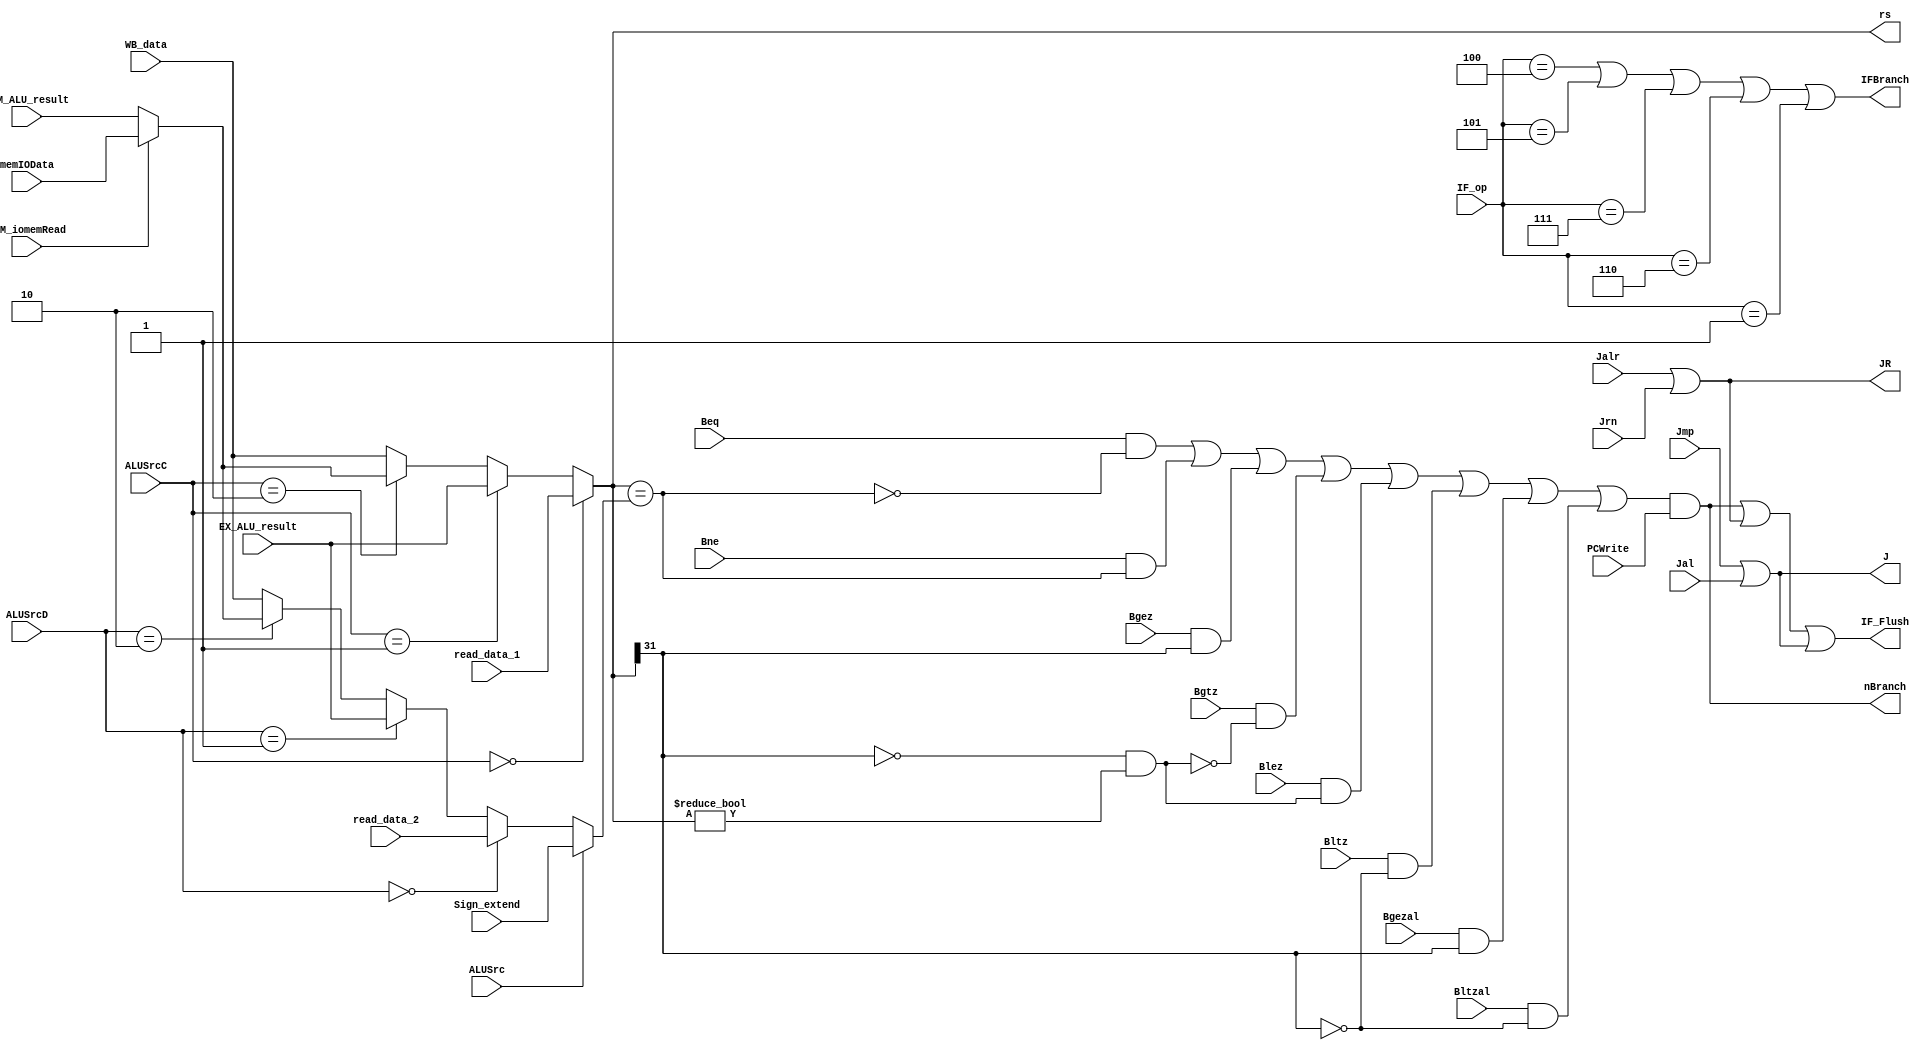
`timescale 1ns / 1ps
//////////////////////////////////////////////////////////////////////////////////
// Company: 
// Engineer: 
// 
// Design Name: 
// Module Name: branchTest
// Project Name: 
// Target Devices: 
// Tool Versions: 
// Description: 
// ID
// 
// Dependencies: 
// 
// Revision:
// Revision 0.01 - File Created
// Additional Comments:
// 
//////////////////////////////////////////////////////////////////////////////////


module branchTest(
    input   [5:0]   IF_op,
    input           PCWrite,
    //  ID
    input           Beq,
    input           Bne,
    input           Bgez,
    input           Bgtz,
    input           Blez,
    input           Bltz,
    input           Bgezal,
    input           Bltzal,
    
    input			Jmp,			
    input           Jal,                
    input           Jrn,
    input           Jalr,
    
    input           ALUSrc,
    input   [1:0]   ALUSrcC,
    input   [1:0]   ALUSrcD,
    input           MEM_iomemRead,
    input	[31:0]	read_data_1,//register[rs]
    input	[31:0]	read_data_2,//register[rt]
    input	[31:0]	Sign_extend,
    input   [31:0]  EX_ALU_result,
    input   [31:0]  MEM_ALU_result,  
    input   [31:0]  memIOData,
    input   [31:0]  WB_data,
    
    output          nBranch,
    output          IFBranch,
    output          J,
    output          JR,
    output          IF_Flush,
    output   [31:0] rs
    );
    
    
    wire [31:0] rt;
    assign rs = (ALUSrcC==2'b00) ? read_data_1 : (ALUSrcC==2'b01) ? 
    EX_ALU_result : (ALUSrcC==2'b10) ? ((MEM_iomemRead==1'b1)? memIOData:MEM_ALU_result) : WB_data;
    assign rt = (ALUSrc==1) ? Sign_extend: (ALUSrcD==2'b00) ? read_data_2 : 
    (ALUSrcD==2'b01) ? EX_ALU_result: (ALUSrcD==2'b10) ? ((MEM_iomemRead==1'b1)? memIOData:MEM_ALU_result) : WB_data;
    
    wire Zero,Negative,Positive;
    assign Zero = rs==rt;
    assign Negative = rs[31]==1'b1;
    assign Positive = (rs[31]==1'b0&&rs!=32'd0);

    // ,
    assign nBranch = ((Beq&&!Zero)||(Bne&&Zero)||
            (Bgez&&Negative)||(Bgtz&&!Positive)||
            (Blez&&Positive)||(Bltz&&!Negative)||
            (Bgezal&&Negative)||(Bltzal&&!Negative))&&PCWrite; // (PC)(PC)+4+((Sign-Extend)offset<<2)
    
    assign JR = Jalr||Jrn;
    assign J = Jmp||Jal;
    
    assign IF_Flush = nBranch||JR||J;   // IDIF
    // assign IF_Flush = nBranch;
    assign IFBranch = IF_op==6'b000100||IF_op==6'b000101||IF_op==6'b000111||IF_op==6'b000110||IF_op==6'b000001;

endmodule